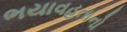
ભયાવહતાનો